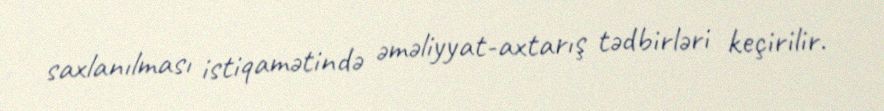
saxlanılması istiqamətində əməliyyat-axtarış tədbirləri keçirilir.